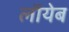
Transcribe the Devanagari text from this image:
लाॅयेब